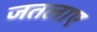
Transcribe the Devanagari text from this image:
जतलाए